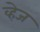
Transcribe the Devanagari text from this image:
व्हेज